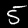
Digit: 5